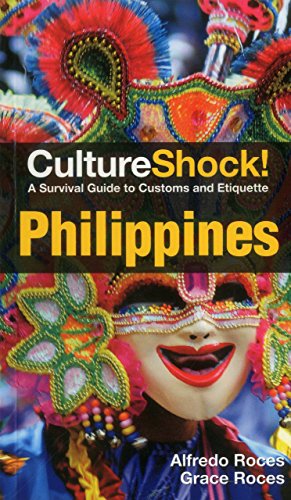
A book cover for Culture Shock! Philippines: A Survival Guide to Customs and Etiquette; Alfredo Roces; Reference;